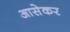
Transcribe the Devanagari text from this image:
आसेकर